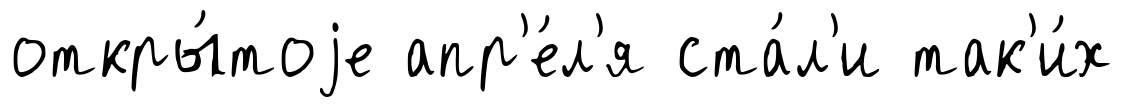
откры́тоjе апр'е́л'я ста́л'и так'и́х